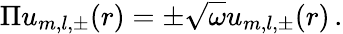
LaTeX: \Pi u_{m,l,\pm}(r)=\pm\sqrt{\omega}u_{m,l,\pm}(r)\, .